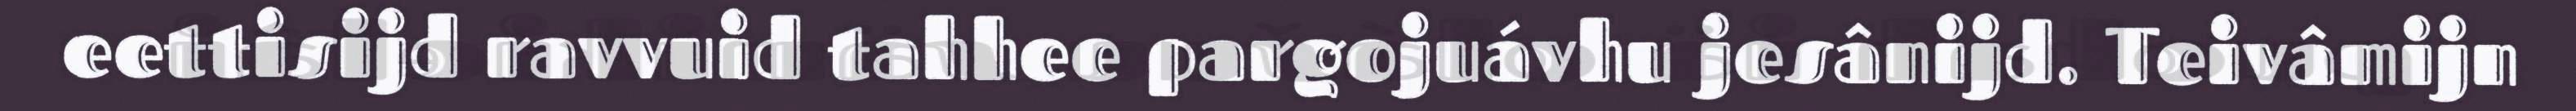
eettisijd ravvuid tahhee pargojuávhu jesânijd. Teivâmijn